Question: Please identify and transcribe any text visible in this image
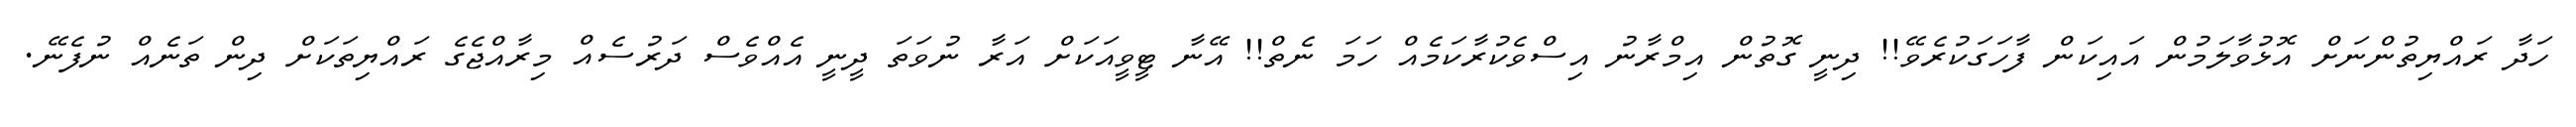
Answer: ހަދާ ރައްޔިތުންނަށް އޮޅުވާލަމުން އައިކަން ފާހަގަކުރެވޭ!! ދިނީ ގޮތުން އިމްރާނު އިސްވެކުރާކަމެއް ހަމަ ނެތް!! އޭނާ ޓީވީއަކަށް އަރާ ނުވަތަ ދީނީ އެއްވެސް ދަރުސެއް މިރާއްޖެގެ ރައްޔިތަކަށް ދިން ތަނެއް ނުފެނޭ.